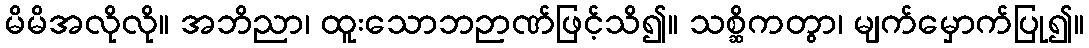
မိမိအလိုလို။ အဘိညာ၊ ထူးသောဘဉာဏ်ဖြင့်သိ၍။ သစ္ဆိကတွာ၊ မျက်မှောက်ပြု၍။